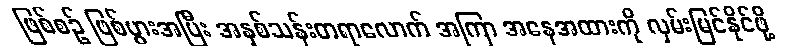
ဖြစ်စဉ် ဖြစ်ပွားအပြီး အနှစ်သန်းတရာလောက် အကြာ အနေအထားကို လှမ်းမြင်နိုင်ဖို့